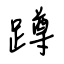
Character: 蹲